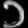
Digit: ၁